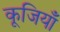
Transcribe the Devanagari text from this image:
कूजियाँ